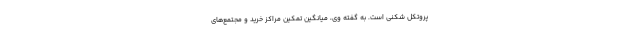
پروتکل شکنی است. به گفته وی، میانگین تمکین مراکز خرید و مجتمع‌های